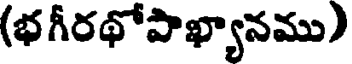
(భ గీరథోపాఖ్యానము)